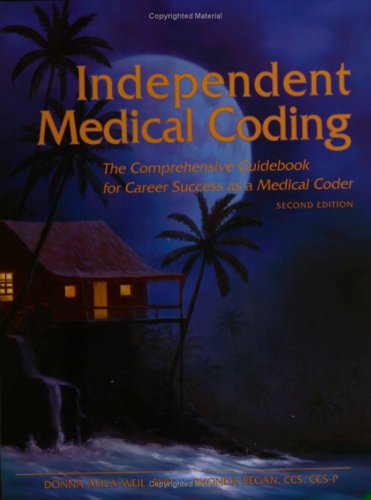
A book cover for Independent Medical Coding, 2nd edition; Donna Avila-Weil; Medical Books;